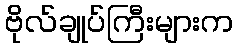
ဗိုလ်ချုပ်ကြီးများက